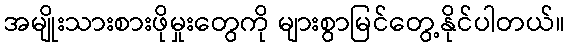
အမျိုးသားစားဖိုမှုးတွေကို များစွာမြင်တွေ့နိုင်ပါတယ်။